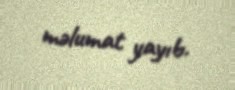
məlumat yayıb.